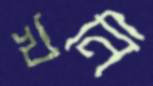
খনি